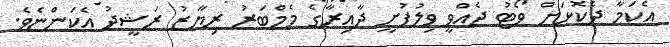
އެކަމާ ދެކޮޅަށް ވޯޓު ދެއްވީ ވިލުފުށީ ދާއިރާގެ މެމްބަރު ރިޔާޒު ރަޝީދު އެކަންޏެވެ.